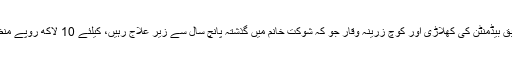
کمیٹی نے سابق بیڈمنٹن کی کھلاڑی اور کوچ زرینہ وقار جو کہ شوکت خانم میں گذشتہ پانچ سال سے زیر علاج رہیں، کیلئے 10 لاکھ روپے منظور کئے ہیں۔